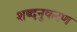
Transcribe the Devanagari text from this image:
शब्दनुकरण